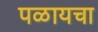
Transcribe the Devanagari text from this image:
पळायचा